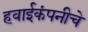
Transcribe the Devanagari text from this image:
हवाईकंपनीचे